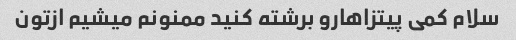
سلام کمی پیتزاهارو برشته کنید ممنونم میشیم ازتون